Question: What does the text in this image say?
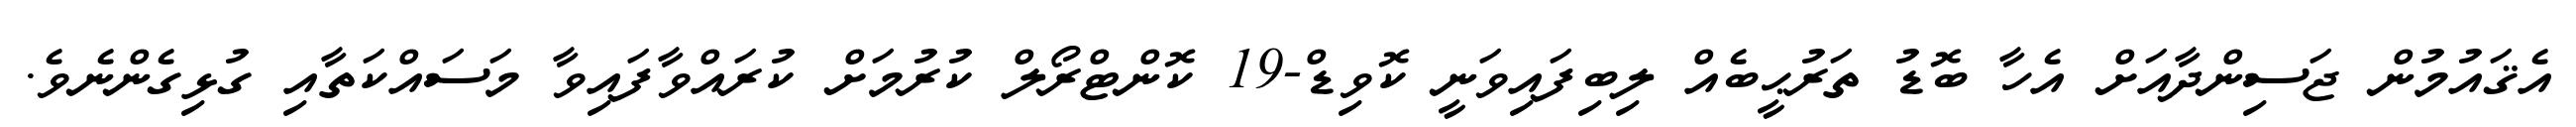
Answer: އެޤައުމުން ޖަސިންދާއަށް އެހާ ބޮޑު ތަރުޙީބެއް ލިބިފައިވަނީ ކޮވިޑް-19 ކޮންޓްރޯލް ކުރުމަށް ކުރައްވާފައިވާ މަސައްކަތާއި ގުޅިގެންނެވެ.